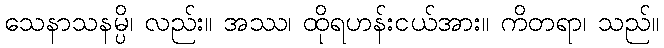
သေနာသနမ္ပိ၊ လည်း။ အဿ၊ ထိုရဟန်းငယ်အား။ ကိတရာ၊ သည်။